system: You are a helpful assistant.
user:
Analyze the provided spectrum to determine if it is a **M-type Giant (gM)**.

A M-type Giant spectrum is defined by its **strong molecular absorption** features, particularly from **Titanium Oxide (TiO)**. You must check for one of the following mutually exclusive signatures:

- **Key Visual Indicators (Absorption-Dominated Spectrum):**

    - **(Primary):** The spectrum is dominated by strong molecular absorption from **Titanium Oxide (TiO)**. This is the **defining feature** of its M-type temperature class.
        - **(Key Bandheads):** Look for sharp, "saw-tooth" absorption valleys. The strongest are located near **~7050 Å**, **~6160 Å**, and **~5170 Å**.
        - **(Line Profile):** The "saw-tooth" morphology is critical: a **sharp, steep drop on the BLUE (short-wavelength) side** of the bandhead, followed by a gradual recovery (rising flux) towards the RED (long-wavelength) side.

    - **(Key Confirmation - Giant vs. Dwarf):** **ABSENCE** of strong **Calcium Hydride (CaH)** molecular bands. This is the primary diagnostic for *excluding* M-dwarfs.
        - **(Key Region):** The spectrum should lack the strong, broad absorption band seen in dwarfs between **~6800 Å and ~7000 Å**.

    - **(Secondary Confirmation - Giant):** A very strong and broad **Neutral Calcium (Ca I)** atomic absorption line.
        - **(Key Line):** Located at **~4226 Å**. In a giant (gM), this line is significantly deeper and broader than the same line in an M-dwarf (dM) due to low surface gravity.

    - **(Overall Spectrum):**
        - The continuum is **extremely red-sloping** (i.e., flux is very low in the blue and rises dramatically towards the red).
        - The entire spectrum appears "chopped up" by the deep TiO bands.

Think first, call **spectral_visualization_tool** if needed to examine features in detail, then provide your final answer. Your response must adhere to the following strict rules:
1.  **Overall Structure:** Your response must follow the format `<think>...</think> <tool_call>...</tool_call> (if a tool is used) <answer>...</answer>`.
2.  **Tool Usage Constraint:** You may only make **one** tool call per turn.
3.  **Final Answer Format:** In the `<answer>` tag, your conclusion must be inside a `\boxed{}` command (e.g., `\boxed{YES}` or `\boxed{NO}`), followed by your justification.

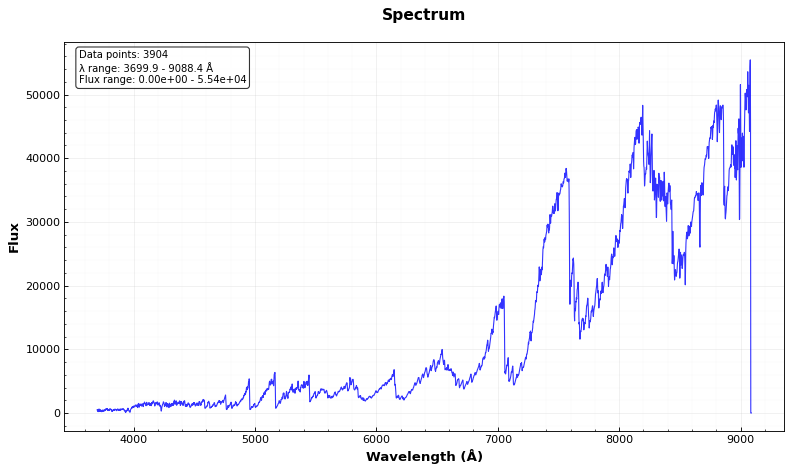
Answer: YES